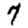
Digit: 7